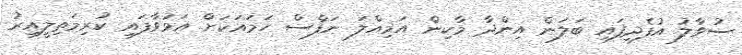
ސުވާލު އުފެދިފައި ބަލަން އިންދާ މާކިން އަމިއްލަ ނަފްސް ހަމައަކަށް އަޅުވާފައި ކުރިމަތިލީއިރު